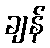
ချန်